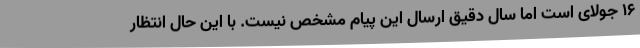
16 جولای است اما سال دقیق ارسال این پیام مشخص نیست. با این حال انتظار